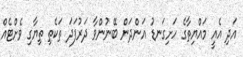
އަދި އެއީ މައްޔިތާގެ ހަށިގަނޑު އަންދަން ބޭނުންވާ ދަރުފަދަ ތަކެތި ތިޔާގި ވެށްޓެއް